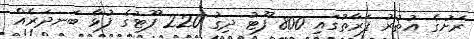
ރަށުގެ އުތުރު ފަރާތުގައި 800 ފޫޓު ދިގު 220 ފޫޓުގެ ފުޅާ ބަނދަރެއް